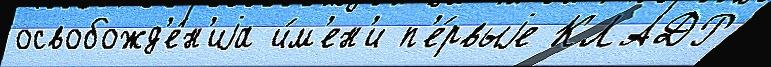
освобожд'е́н'иjа и́м'ен'и п'е́рвыjе КЛАДР